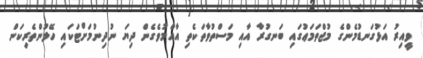
ވީއިރު އަޅުގަނޑުމެންގެ މުޖްތަމަޢުގައި ބަނގުރާ އާއި މަސްތުވާތަކެތި އާއްމުވެގެން ދިޔަ ނުދިނުމަށްޓަކައި ހޭލުންތެރިކަން